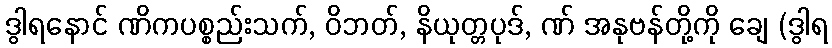
ဒွါရနောင် ဏိကပစ္စည်းသက်, ဝိဘတ်, နိယုတ္တပုဒ်, ဏ် အနုဗန်တို့ကို ချေ (ဒွါရ